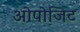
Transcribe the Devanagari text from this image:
ओपोजिट